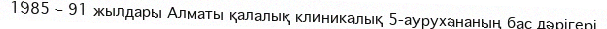
1985 – 91 жылдары Алматы қалалық клиникалық 5-аурухананың бас дәрігері